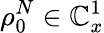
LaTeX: \rho_{0}^{N}\in\mathbb{C}_{x}^{1}